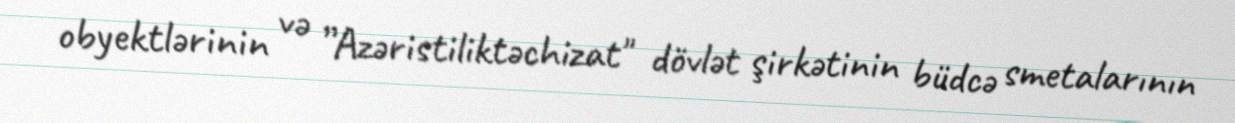
obyektlərinin və ”Azəristiliktəchizat" dövlət şirkətinin büdcə smetalarının